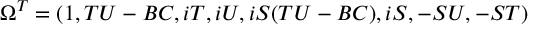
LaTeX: \Omega ^ { T } = ( 1 , T U - B C , i T , i U , i S ( T U - B C ) , i S , - S U , - S T )